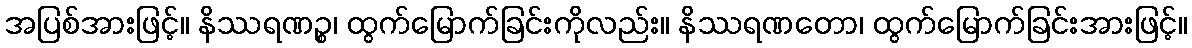
အပြစ်အားဖြင့်။ နိဿရဏဉ္စ၊ ထွက်မြောက်ခြင်းကိုလည်း။ နိဿရဏတော၊ ထွက်မြောက်ခြင်းအားဖြင့်။